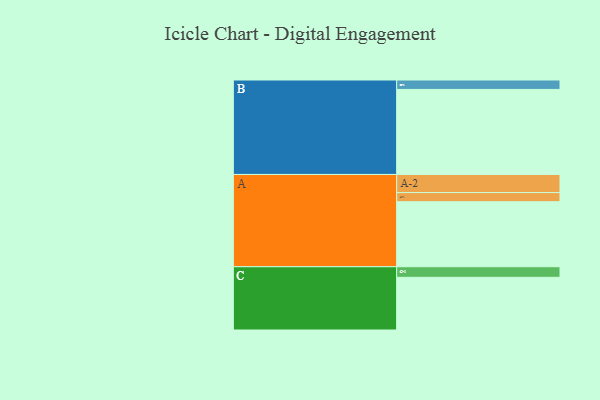
{"axis": {"x": "Segment", "y": "Value"}, "legend": ["", "A", "B", "C"], "data": [{"x": "A", "y": 442, "type": ""}, {"x": "B", "y": 578, "type": ""}, {"x": "C", "y": 358, "type": ""}, {"x": "A-1", "y": 62, "type": "A"}, {"x": "A-2", "y": 123, "type": "A"}, {"x": "B-1", "y": 64, "type": "B"}, {"x": "C-1", "y": 72, "type": "C"}]}